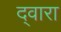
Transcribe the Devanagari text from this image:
द्‍वारा